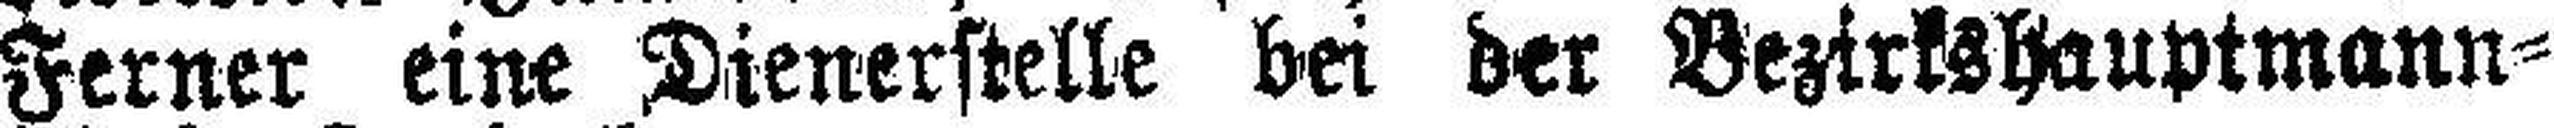
Ferner eine Dienerstelle bei der Bezirkshauptmann¬